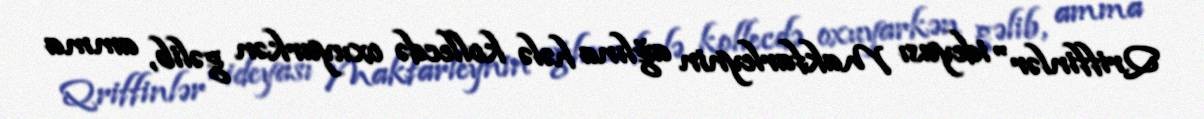
Qriffinlər" ideyası Makfarleynin ağlına hələ kollecdə oxuyarkən gəlib, amma